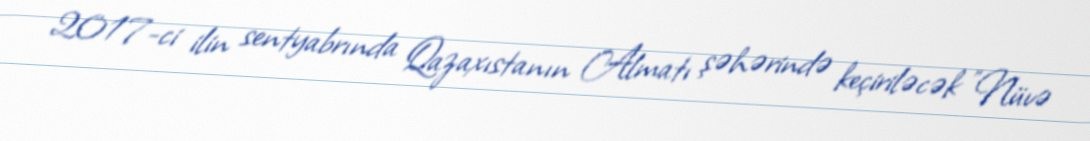
2017-ci ilin sentyabrında Qazaxıstanın Almatı şəhərində keçiriləcək "Nüvə